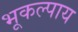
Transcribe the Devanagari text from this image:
भूकल्पाय